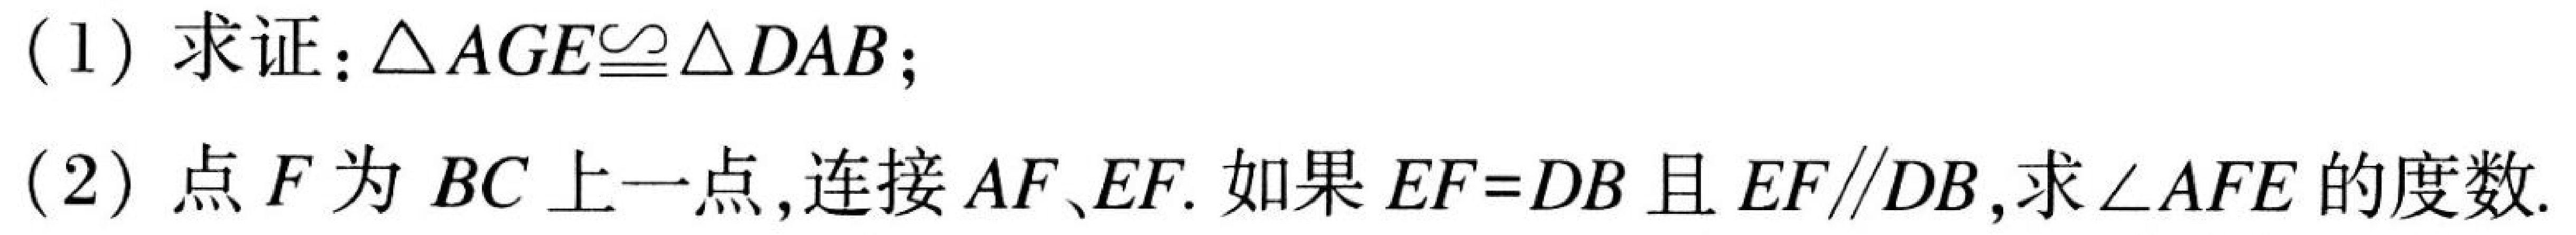
(1) 求证：\(\triangle AGE\cong\triangle DAB\)；
(2) 点 \(F\) 为 \(BC\) 上一点，连接 \(AF、EF\). 如果 \(EF = DB\) 且 \(EF\parallel DB\)，求\(\angle AFE\)的度数.